Vaccine operations Central Provinces 1886-1899 - 1886-1899
Year: 1886
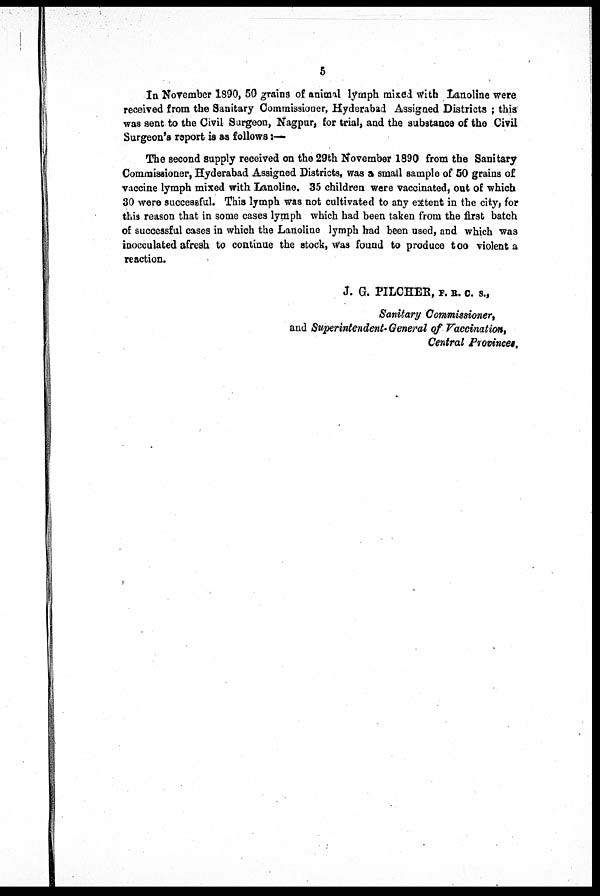
5
In November 1890, 50 grains of animal lymph mixed with Lanoline were
received from the Sanitary Commissioner, Hyderabad Assigned Districts ; this
was sent to the Civil Surgeon, Nagpur, for trial, and the substance of the Civil
Surgeon's report is as follows :—
The second supply received on the 29th November 1890 from the Sanitary
Commissioner, Hyderabad Assigned Districts, was a small sample of 50 grains of
vaccine lymph mixed with Lanoline. 35 children were vaccinated, out of which
30 were successful. This lymph was not cultivated to any extent in the city, for
this reason that in some cases lymph which had been taken from the first batch
of successful cases in which the Lanoline lymph had been used, and which was
inocculated afresh to continue the stock, was found to produce too violent a
reaction.
J. G. PILCHER, F. R. C. S.,
Sanitary Commissioner,
and Superintendent. General of Vaccination,
Central Provinces.